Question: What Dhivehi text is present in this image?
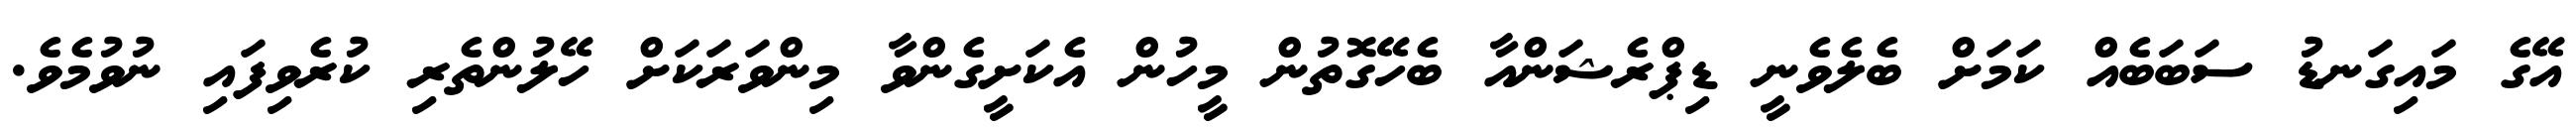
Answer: އޭގެ މައިގަނޑު ސަބަބެއް ކަމަށް ބެލެވެނީ ޑިޕްރެޝަންއާ ބެހޭގޮތުން މީހުން އެކަށީގެންވާ މިންވަރަކަށް ހޭލުންތެރި ކުރެވިފައި ނުވުމެވެ.